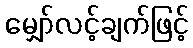
မျှော်လင့်ချက်ဖြင့်